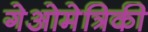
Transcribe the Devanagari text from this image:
गेओमेत्रिकी